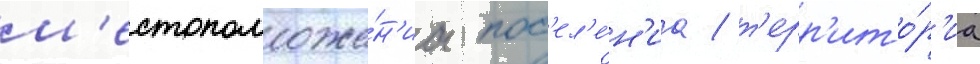
м'естоположе́н'иа пос'ел'е́н'иа / т'ерр'ито́р'иа